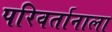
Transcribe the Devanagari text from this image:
परिवर्तानाला